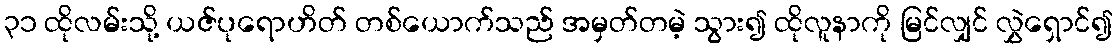
၃၁ ထိုလမ်းသို့ ယဇ်ပုရောဟိတ် တစ်ယောက်သည် အမှတ်တမဲ့ သွား၍ ထိုလူနာကို မြင်လျှင် လွှဲရှောင်၍